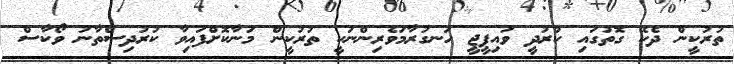
ތުރުކީން ދެކޭ ގޮތުގައި ކުރުދީ ވައިޕީޖީ ހަނގުރާމަވެރިންނަކީ ތުރުކީން މަނާކޮށްފައިވާ ކުރުދިސްތާނު ވޯކާސް